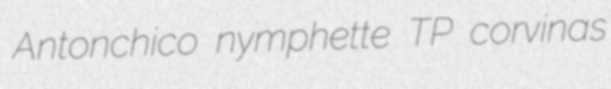
Antonchico nymphette TP corvinas